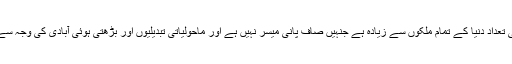
انڈیا میں دیہی علاقوں میں بسنے والے ایسے افراد کی تعداد دنیا کے تمام ملکوں سے زیادہ ہے جنہیں صاف پانی میسر نہیں ہے اور ماحولیاتی تبدیلیوں اور بڑھتی ہوئی آبادی کی وجہ سے یہ صورت حال مزید سنگین ہوتی چلی جا رہی ہے۔